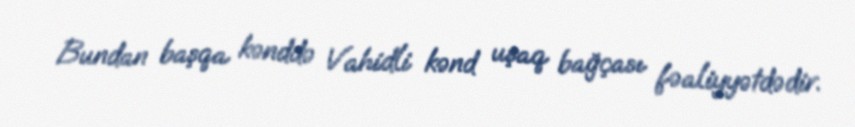
Bundan başqa kənddə Vahidli kənd uşaq bağçası fəaliyyətdədir.